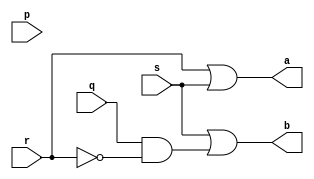
module four_two_pe(a,b,p,q,r,s);
    
    input p,q,r,s;
    output a,b;

    assign a = r | s;
    assign b = s | (q&~r);

endmodule